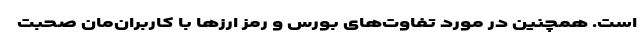
است. همچنین در مورد تفاوت‌های بورس و رمز ارزها با کاربران‌مان صحبت